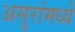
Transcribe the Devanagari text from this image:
असुरांमध्ये